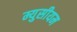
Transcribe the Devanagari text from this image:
म्युसीयम